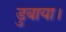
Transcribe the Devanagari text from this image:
डुबाया।